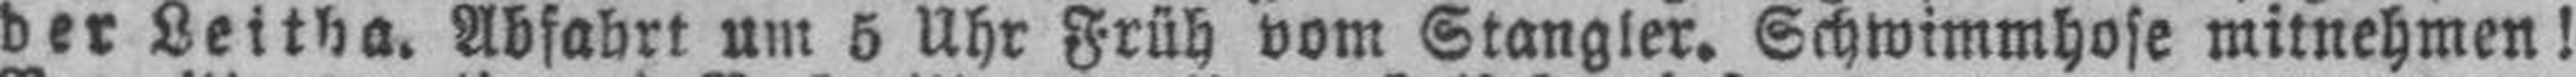
der Leitha. Abfahrt um 5 Uhr Früh vom Stangler. Schwimmhose mitnehmen!